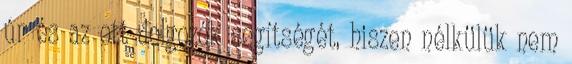
úr és az ott dolgozók segítségét, hiszen nélkülük nem